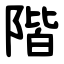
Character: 階